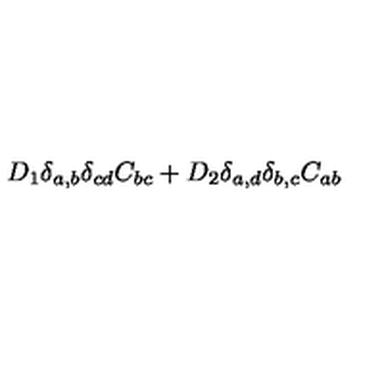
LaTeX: D _ { 1 } \delta _ { a , b } \delta _ { c d } C _ { b c } + D _ { 2 } \delta _ { a , d } \delta _ { b , c } C _ { a b }